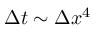
\Delta t \sim \Delta x ^ { 4 }